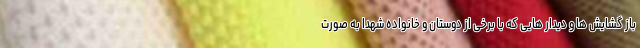
باز گشایش ها و دیدار هایی که با برخی از دوستان و خانواده شهدا به صورت